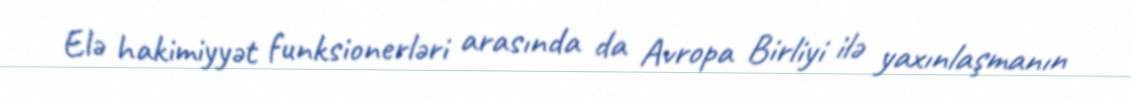
Elə hakimiyyət funksionerləri arasında da Avropa Birliyi ilə yaxınlaşmanın